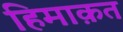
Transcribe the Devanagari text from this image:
हिमाक़त